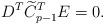
LaTeX: \begin{align*}D^T\widetilde C_{p-1}^TE=0.\end{align*}